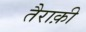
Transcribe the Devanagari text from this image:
तैराक़ी